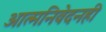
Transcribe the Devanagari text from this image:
आत्मनिवेदनही